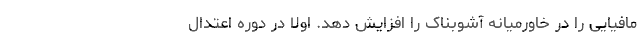
مافیایی را در خاورمیانه آشوبناک را افزایش دهد. اولا در دوره اعتدال